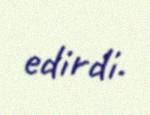
edirdi.